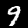
Label: 9